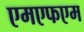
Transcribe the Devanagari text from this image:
एमएफएम